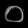
Digit: ၀